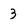
Character: 3